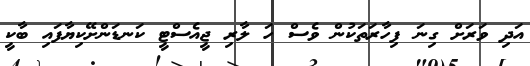
އަދި ވަރަށް ގިނަ ފިހާރަތަކުން ވެސް ހަ ލާރި ޖީއެސްޓީ ކަނޑަންށޭކިޔާފައި ބާކީ